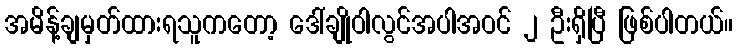
အမိန့်ချမှတ်ထားရသူကတော့ ဒေါ်ချိုဝါလွင်အပါအဝင် ၂ ဦးရှိပြီ ဖြစ်ပါတယ်။